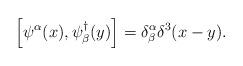
LaTeX: \begin{align*}\left[ \psi^\alpha (x) , \psi^\dag _\beta (y) \right] = \delta^\alpha_\beta \delta^3(x - y) .\end{align*}